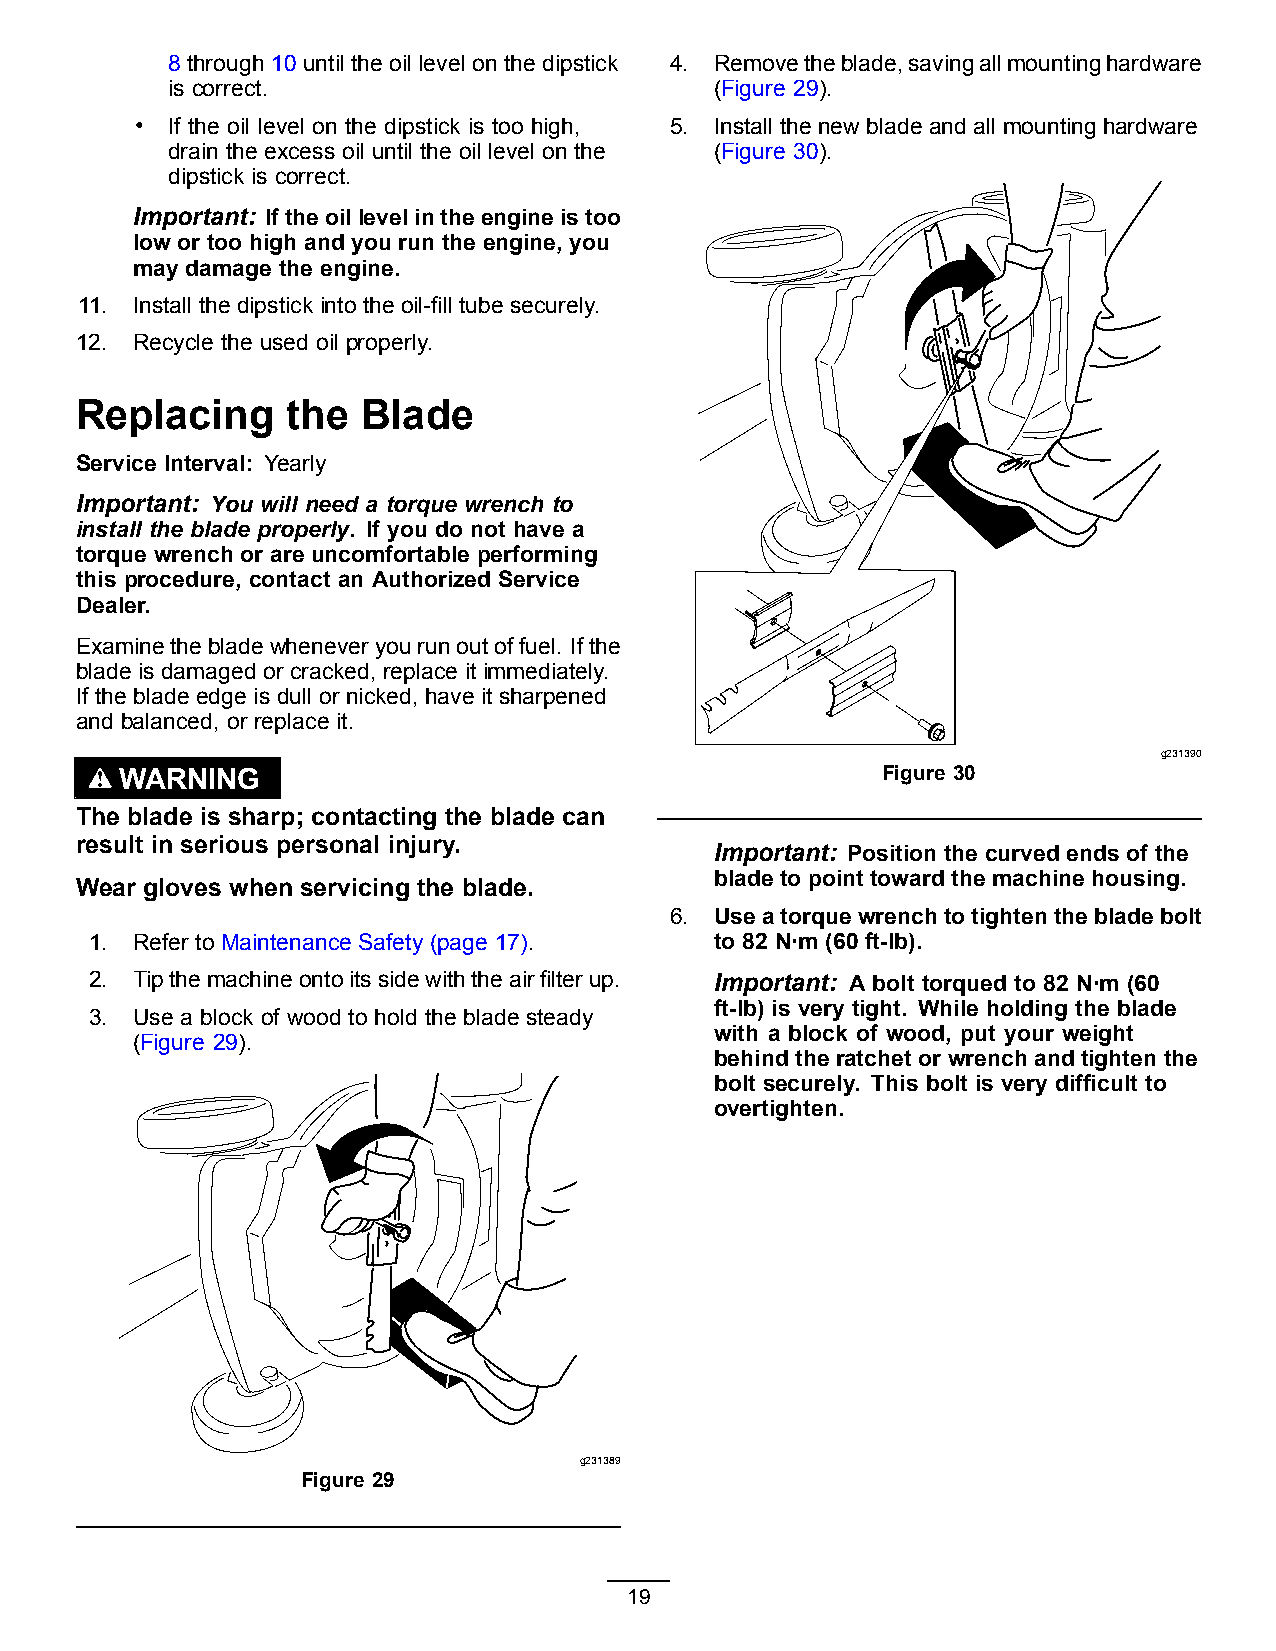
8 through 10 until the oil level on the dipstick 4. Removetheblade,savingallmountinghardware
 is correct.                         (Figure 29).
 • If the oil level on the dipstick is too high, 5. Install the new blade and all mounting hardware
 drain the excess oil until the oil level on the (Figure 30).
 dipstick is correct.
 Important: Iftheoillevelintheengineistoo
 low or too high and you run the engine, you
 may damage the engine.
 11. Install the dipstick into the oil-fill tube securely.
 12. Recycle the used oil properly.
 Replacing     the  Blade
 Service Interval: Yearly
 Important: You will need a torque wrench to
 install the blade properly. If you do not have a
 torque wrench or are uncomfortable performing
 this procedure, contact an Authorized Service
 Dealer.
 Examinethebladewheneveryourunoutoffuel. Ifthe
 blade is damaged or cracked, replace it immediately.
 If the blade edge is dull or nicked, have it sharpened
 and balanced, or replace it.
 g231390
 WARNING                                           Figure 30
 The blade is sharp; contacting the blade can
 result in serious personal injury.
 Important: Position the curved ends of the
 blade to point toward the machine housing.
 Wear gloves when servicing the blade.
 6. Useatorquewrenchtotightenthebladebolt
 1. Refer to Maintenance Safety (page 17). to 82 N∙m (60 ft-lb).
 2. Tipthemachineontoitssidewiththeairfilterup. Important: A bolt torqued to 82 N∙m (60
 ft-lb) is very tight. While holding the blade
 3. Use a block of wood to hold the blade steady
 with a block of wood, put your weight
 (Figure 29).
 behind the ratchet or wrench and tighten the
 bolt securely. This bolt is very difficult to
 overtighten.
 g231389
 Figure 29
 19